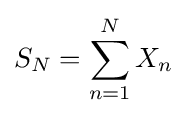
S_{N}=\sum _{n=1}^{N}X_{n}